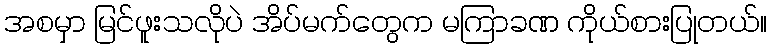
အစမှာ မြင်ဖူးသလိုပဲ အိပ်မက်တွေက မကြာခဏ ကိုယ်စားပြုတယ်။